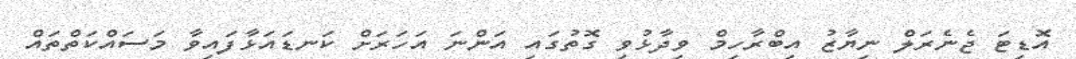
އޮޑިޓަ ޖެނެރަލް ނިޔާޒު އިބްރާހިމް ވިދާޅުވި ގޮތުގައި އަންނަ އަހަރަށް ކަނޑައަޅާފައިވާ މަސައްކަތްތައް